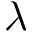
\lambda